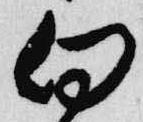
向